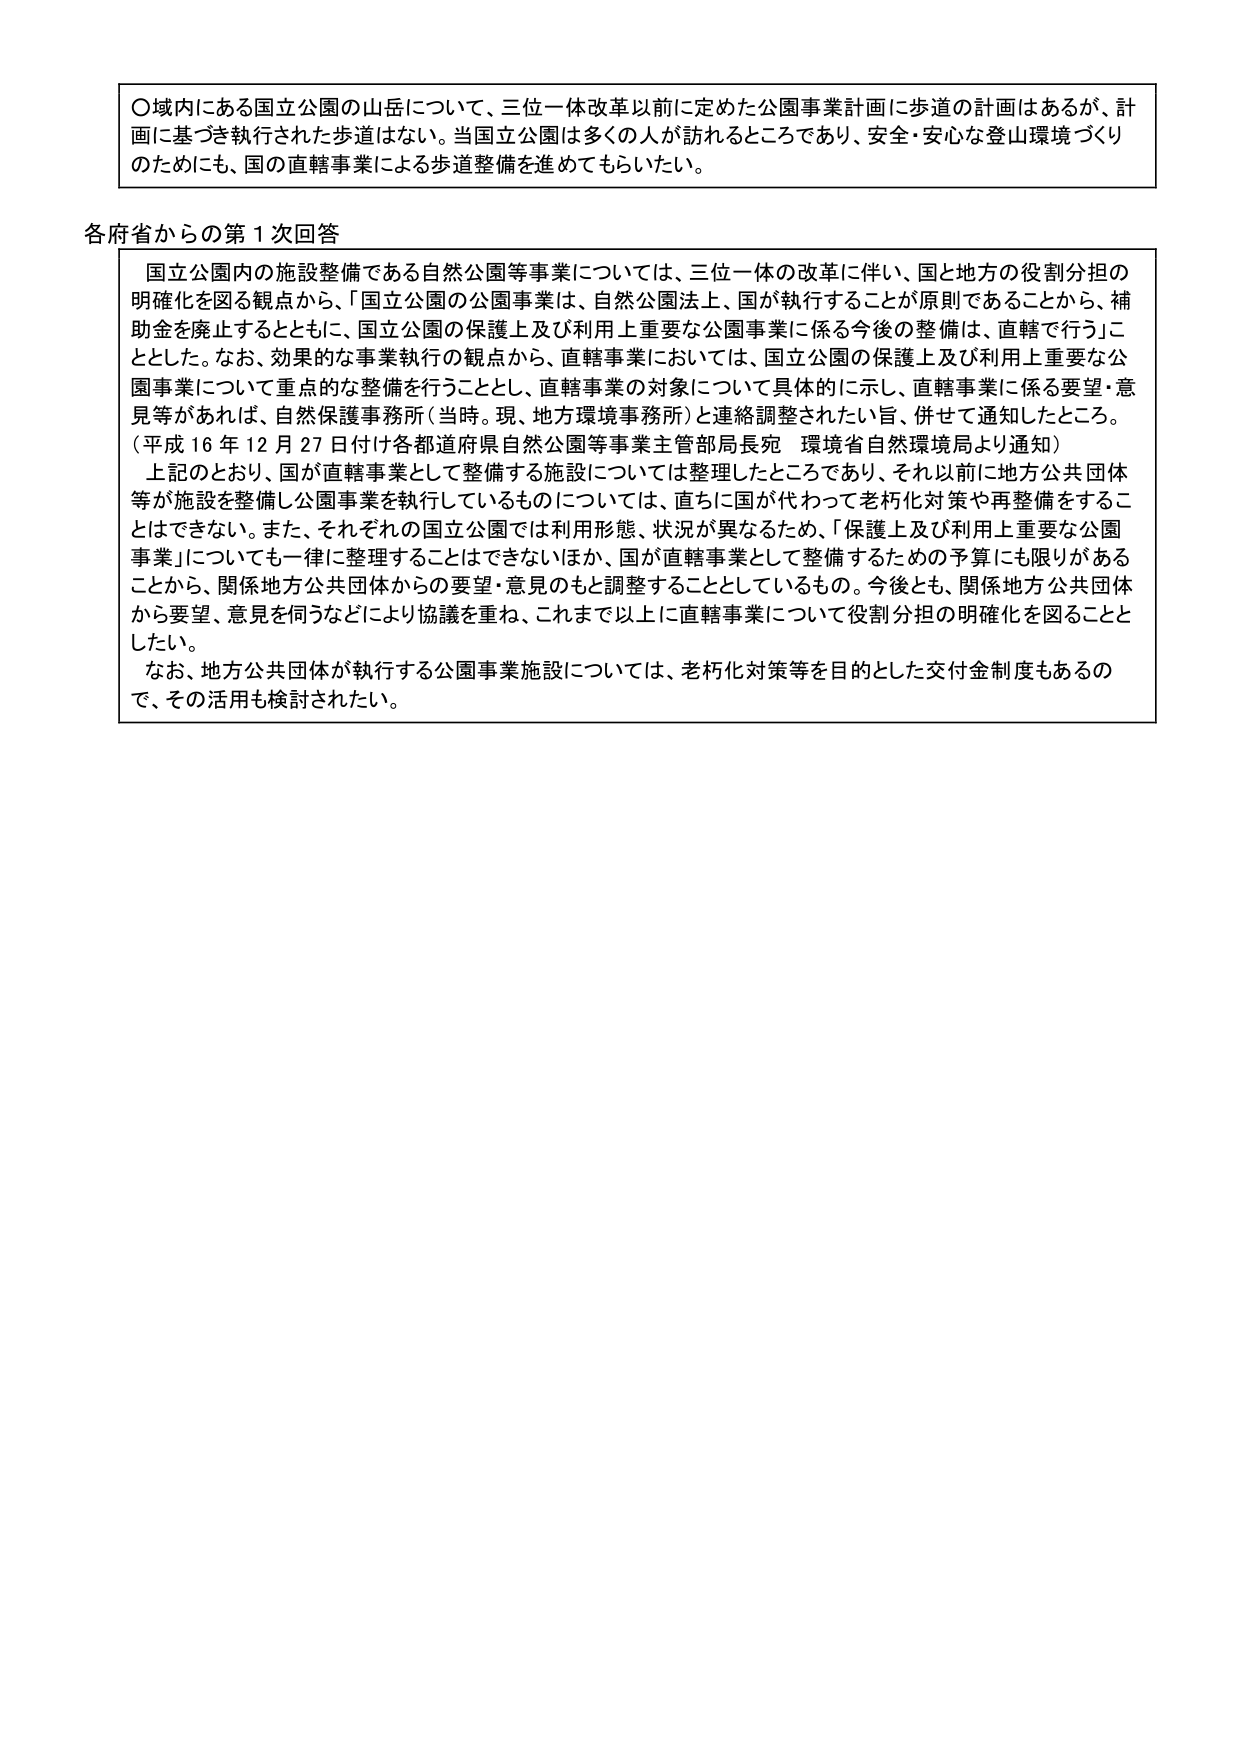
〇域内にある国立公園の山岳について、三位一体改革以前に定めた公園事業計画に歩道の計画はあるが、計画に基づき執行された歩道はない。当国立公園は多くの人が訪れるところであり、安全・安心な登山環境づくりのためにも、国の直轄事業による歩道整備を進めてもらいたい。

各府省からの第１次回答

　国立公園内の施設整備である自然公園等事業については、三位一体の改革に伴い、国と地方の役割分担の明確化を図る観点から、「国立公園の公園事業は、自然公園法上、国が執行することが原則であることから、補助金を廃止するとともに、国立公園の保護上及び利用上重要な公園事業に係る今後の整備は、直轄で行う」こととした。なお、効果的な事業執行の観点から、直轄事業においては、国立公園の保護上及び利用上重要な公園事業について重点的な整備を行うこととし、直轄事業の対象について具体的に示し、直轄事業に係る要望・意見等があれば、自然保護事務所（当時。現、地方環境事務所）と連絡調整されたい旨、併せて通知したところ。（平成16年12月27日付け各都道府県自然公園等事業主管部局長宛　環境省自然環境局より通知）

　上記のとおり、国が直轄事業として整備する施設については整理したところであり、それ以前に地方公共団体等が施設を整備し公園事業を執行しているものについては、直ちに国が代わって老朽化対策や再整備をすることはできない。また、それぞれの国立公園では利用形態、状況が異なるため、「保護上及び利用上重要な公園事業」についても一律に整理することはできないほか、国が直轄事業として整備するための予算にも限りがあることから、関係地方公共団体からの要望・意見のもと調整することとしているもの。今後とも、関係地方公共団体から要望、意見を伺うなどにより協議を重ね、これまで以上に直轄事業について役割分担の明確化を図ることとしたい。

　なお、地方公共団体が執行する公園事業施設については、老朽化対策等を目的とした交付金制度もあるので、その活用も検討されたい。